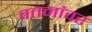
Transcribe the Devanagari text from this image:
वतनांवर